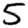
Digit: 5